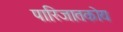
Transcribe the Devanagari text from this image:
पारिजातकोय